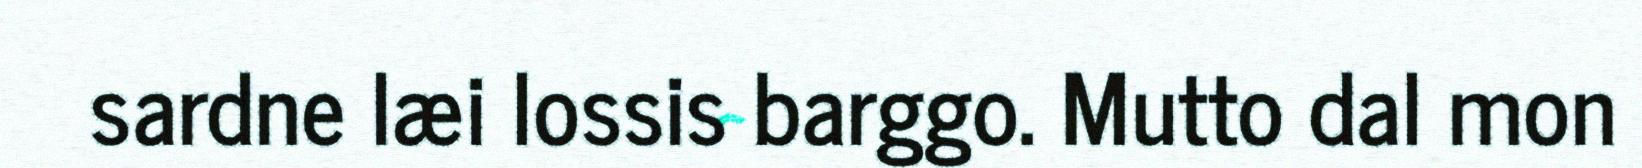
sardne læi lossis barggo. Mutto dal mon